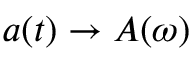
a ( t ) \to A ( \omega )